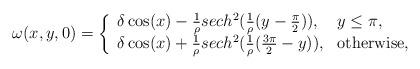
LaTeX: \begin{align*}\omega(x,y,0)=\left\{\begin{array}{ll}\delta \cos(x)-\frac{1}{\rho}sech^2(\frac{1}{\rho}(y-\frac{\pi}{2})), & \textrm{$y\leq \pi$},\\\delta\cos(x)+\frac{1}{\rho}sech^2(\frac{1}{\rho}(\frac{3\pi}{2}-y)), &\textrm{otherwise},\end{array}\right.\end{align*}